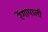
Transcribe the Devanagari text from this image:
रेंगापाली